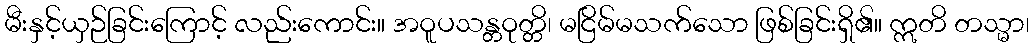
မီးနှင့်ယှဉ်ခြင်းကြောင့် လည်းကောင်း။ အဝူပသန္တဝုတ္တိ၊ မငြိမ်မသက်သော ဖြစ်ခြင်းရှိ၏။ ဣတိ တသ္မာ၊